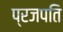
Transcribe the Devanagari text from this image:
प्रजपति